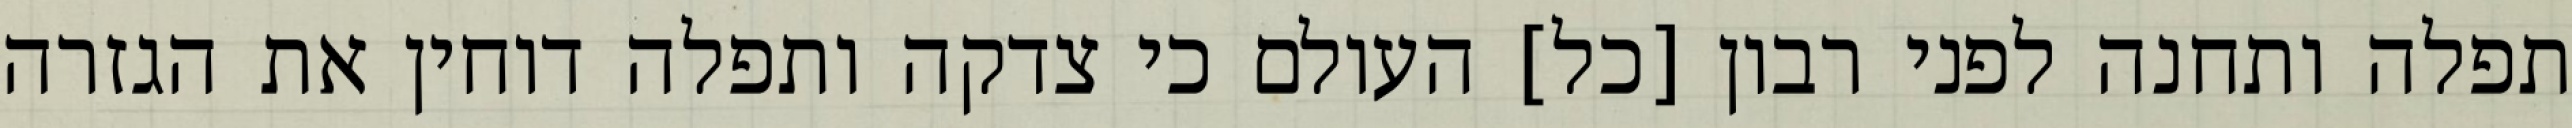
תפלה ותחנה לפני רבון [כל] העולם כי צדקה ותפלה דוחין את הגזרה